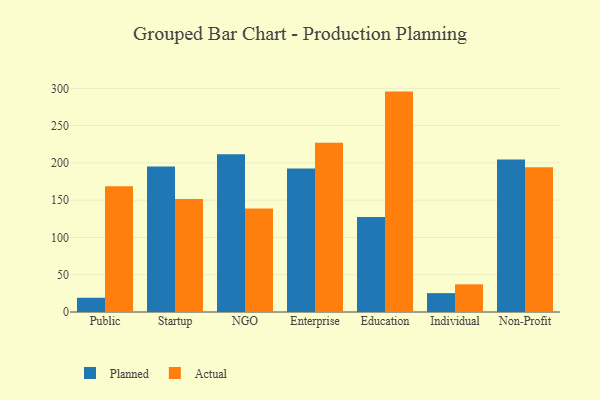
{"axis": {"x": "Segment", "y": "Demand Index"}, "legend": ["Actual", "Planned"], "data": [{"x": "Public", "y": 19.1, "type": "Planned"}, {"x": "Public", "y": 168.5, "type": "Actual"}, {"x": "Startup", "y": 195.2, "type": "Planned"}, {"x": "Startup", "y": 151.5, "type": "Actual"}, {"x": "NGO", "y": 211.7, "type": "Planned"}, {"x": "NGO", "y": 138.9, "type": "Actual"}, {"x": "Enterprise", "y": 192.5, "type": "Planned"}, {"x": "Enterprise", "y": 226.9, "type": "Actual"}, {"x": "Education", "y": 127.4, "type": "Planned"}, {"x": "Education", "y": 295.6, "type": "Actual"}, {"x": "Individual", "y": 25.3, "type": "Planned"}, {"x": "Individual", "y": 37.1, "type": "Actual"}, {"x": "Non-Profit", "y": 204.4, "type": "Planned"}, {"x": "Non-Profit", "y": 194.3, "type": "Actual"}]}